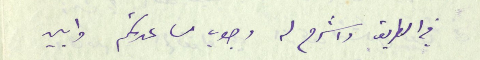
في الطريق واشرح له وجوب مساعدتكم وابين